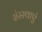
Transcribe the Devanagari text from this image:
संस्स्थाएं